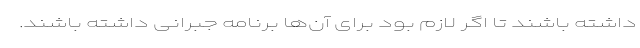
داشته باشند تا اگر لازم بود برای آن‌ها برنامه جبرانی داشته باشند.